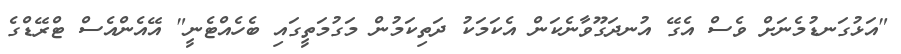
"އަޅުގަނޑުމެނަށް ވެސް އެގޭ އުނދަގޫވާނެކަން އެކަމަކު ދަތިކަމުން މަގުމަތީގައި ބެހެއްޓެނީ" އޭއެންއެސް ޓްރޭޑްގެ